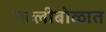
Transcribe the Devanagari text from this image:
गल्लीबोळात